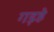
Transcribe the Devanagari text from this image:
गड़हे